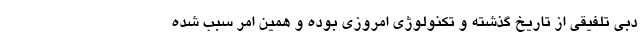
دبی تلفیقی از تاریخ گذشته و تکنولوژی امروزی بوده و همین امر سبب شده